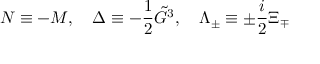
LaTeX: N \equiv - M , \ \ \ \Delta \equiv - \frac 1 2 \tilde { G } ^ { 3 } , \ \ \ \Lambda _ { \pm } \equiv \pm \frac i 2 \Xi _ { \mp }